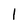
Character: l